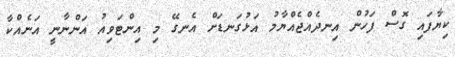
ކިޔާފައި ގޮސް ފަހުން އިނދެއްޖެއްޔާމު އަޅުގަނޑަށް އެނގޭ މި އިންޓަވިއު އަންނާނީ އަނެއްކާ